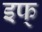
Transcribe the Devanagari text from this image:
इफ्